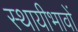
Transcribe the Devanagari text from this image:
स्थायीभावों